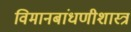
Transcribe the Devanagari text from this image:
विमानबांधणीशास्त्र